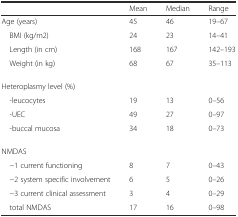
<table><thead><tr><td>[EMPTY_CELL]</td><td><b>Mean</b></td><td><b>Median</b></td><td><b>Range</b></td></tr></thead><tbody><tr><td>Age (years)</td><td>45</td><td>46</td><td>19–67</td></tr><tr><td> BMI (kg/m2)</td><td>24</td><td>23</td><td>14–41</td></tr><tr><td> Length (in cm)</td><td>168</td><td>167</td><td>142–193</td></tr><tr><td> Weight (in kg)</td><td>68</td><td>67</td><td>35–113</td></tr><tr><td>Heteroplasmy level (%)</td><td>[EMPTY_CELL]</td><td>[EMPTY_CELL]</td><td>[EMPTY_CELL]</td></tr><tr><td> -leucocytes</td><td>19</td><td>13</td><td>0–56</td></tr><tr><td> -UEC</td><td>49</td><td>27</td><td>0–97</td></tr><tr><td> -buccal mucosa</td><td>34</td><td>18</td><td>0–73</td></tr><tr><td>NMDAS</td><td>[EMPTY_CELL]</td><td>[EMPTY_CELL]</td><td>[EMPTY_CELL]</td></tr><tr><td> −1 current functioning</td><td>8</td><td>7</td><td>0–43</td></tr><tr><td> −2 system specific involvement</td><td>6</td><td>5</td><td>0–26</td></tr><tr><td> −3 current clinical assessment</td><td>3</td><td>4</td><td>0–29</td></tr><tr><td> total NMDAS</td><td>17</td><td>16</td><td>0–98</td></tr></tbody></table>